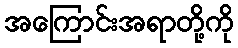
အကြောင်းအရာတို့ကို